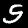
Label: 5